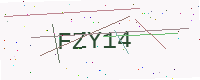
Text: FZY14